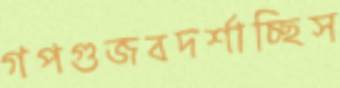
গপগুজবদর্শাচ্ছিস